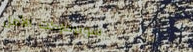
سوبرماركت الأمل